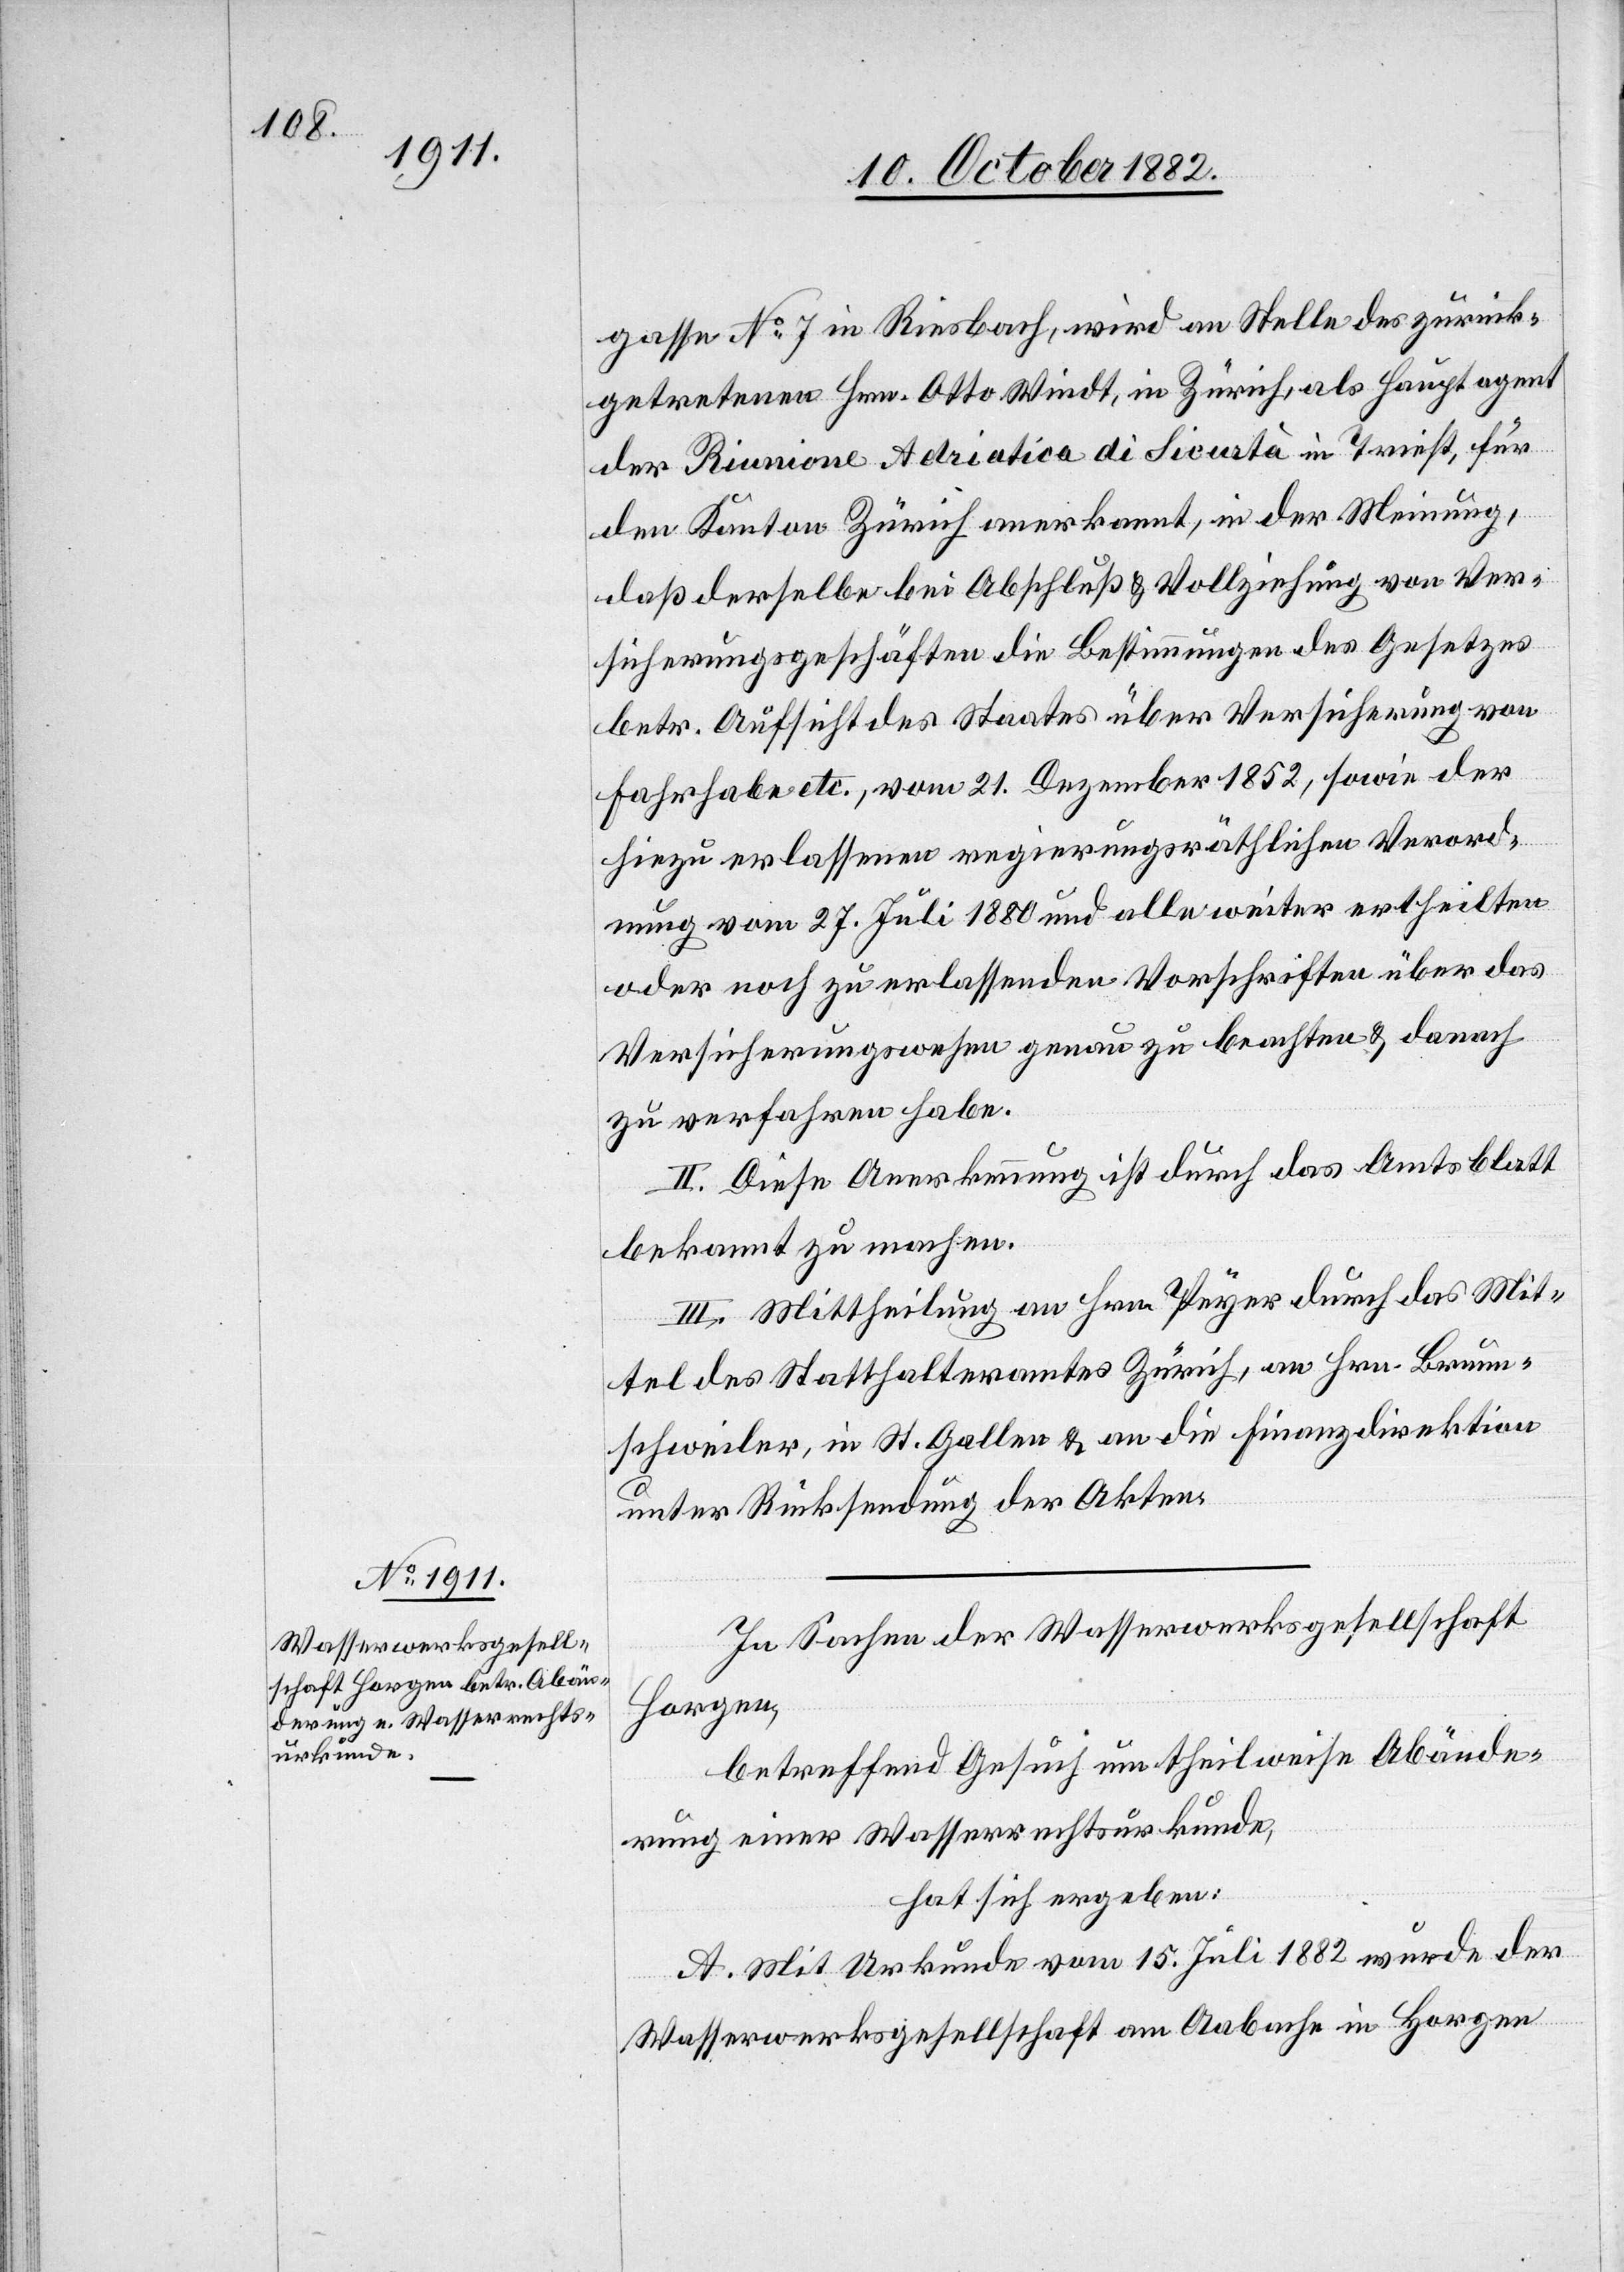
gasse No 7 in Riesbach, wird an Stelle des zurück¬
getretenen Hrn. Otto Windt, in Zürich, als Hauptagent
der Riunione Adriatica di Sicurtà in Triest, für
den Kanton Zürich anerkannt, in der Meinung,
daß derselbe bei Abschluß & Vollziehung von Ver¬
sicherungsgeschäften die Bestimmungen des Gesetzes
betr. Aufsicht des Staates über Versicherung von
Fahrhabe etc., vom 21. Dezember 1852, sowie der
hiezu erlassenen regierungsräthlichen Verord¬
nung vom 27. Juli 1880 und alle weiter ertheilten
oder noch zu erlassenden Vorschriften über das
Versicherungswesen genau zu beachten & danach
zu verfahren habe.
II. Diese Anerkennung ist durch das Amtsblatt
bekannt zu machen.
III. Mittheilung an Hrn. Peyer durch das Mit¬
tel des Statthalteramtes Zürich, an Hrn. Brunn¬
schweiler, in St. Gallen & an die Finanzdirektion
unter Rücksendung der Akten.
In Sachen der Wasserwerksgesellschaft
Horgen,
betreffend Gesuch um theilweise Abände¬
rung einer Wasserwerksurkunde,
hat sich ergeben:
A. Mit Urkunde vom 15. Juli 1882 wurde der
Wasserwerksgesellschaft am Aabache in Horgen